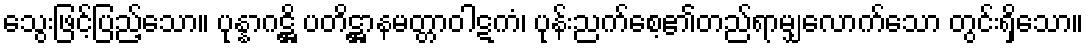
သွေးဖြင့်ပြည့်သော။ ပုန္နာဂဋ္ဌိ ပတိဋ္ဌာနမတ္တာဝါဋကံ၊ ပုန်းညက်စေ့၏တည်ရာမျှလောက်သော တွင်းရှိသော။